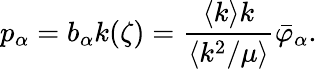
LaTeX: p_{\alpha}=b_{\alpha}k(\zeta)=\frac{\langle k\rangle k}{\langle k^{2}/\mu\rangle}\bar{\varphi}_{\alpha}.